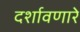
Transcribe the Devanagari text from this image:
दर्शावणारे